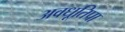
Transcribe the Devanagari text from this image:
अवधूतिपा